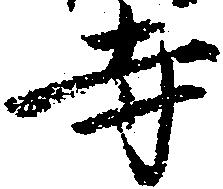
寺